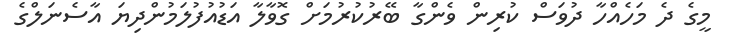
މީގެ ދެ މަހެއްހާ ދުވަސް ކުރިން ވެންގާ ބޭރުކުރުމަށް ގޮވާލާ އަޑުއުފުލަމުންދިޔަ އާސެނަލްގެ